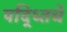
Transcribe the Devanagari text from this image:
पद्ध्तिचे